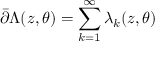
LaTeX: \bar { \partial } \Lambda ( z , \theta ) = \sum _ { k = 1 } ^ { \infty } \lambda _ { k } ( z , \theta )